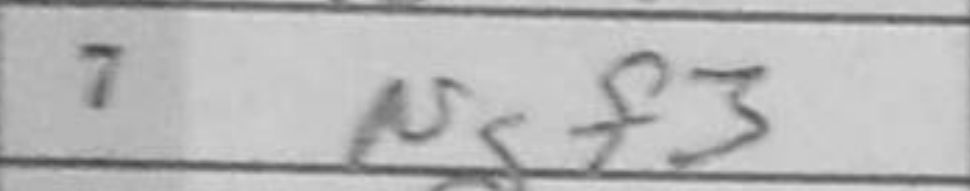
Transcription: Ngf3